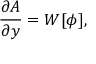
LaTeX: \frac { \partial A } { \partial y } = W [ \phi ] ,